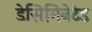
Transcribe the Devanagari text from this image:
डेसिमिनेटेड